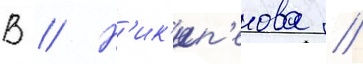
В // Н'ик'ип'елова //